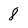
Character: 8